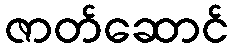
ဇာတ်ဆောင်